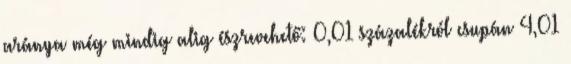
aránya még mindig alig észrevehető: 0,01 százalékról csupán 4,01